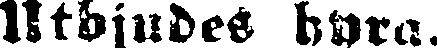
Utbjudes hyra.